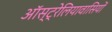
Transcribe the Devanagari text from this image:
ऑस्ट्रेलियावासियों